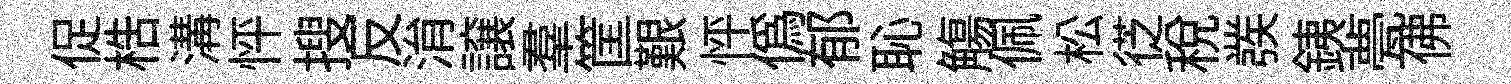
促梏溝怦搜反㳙譲羣筐艱怦偽郁恥觴佩松徔稅彂銕甍佛